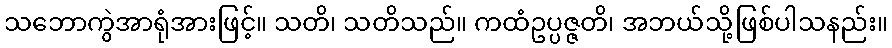
သဘောကွဲအာရုံအားဖြင့်။ သတိ၊ သတိသည်။ ကထံဥပ္ပဇ္ဇတိ၊ အဘယ်သို့ဖြစ်ပါသနည်း။